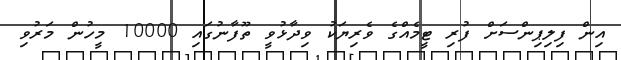
އިން ފިލިޕިންސަށް ފުރި ޓީމެއްގެ ވެރިޔަކު ވިދާޅުވީ ތޫފާނުގައި 10000 މީހުން މަރުވި